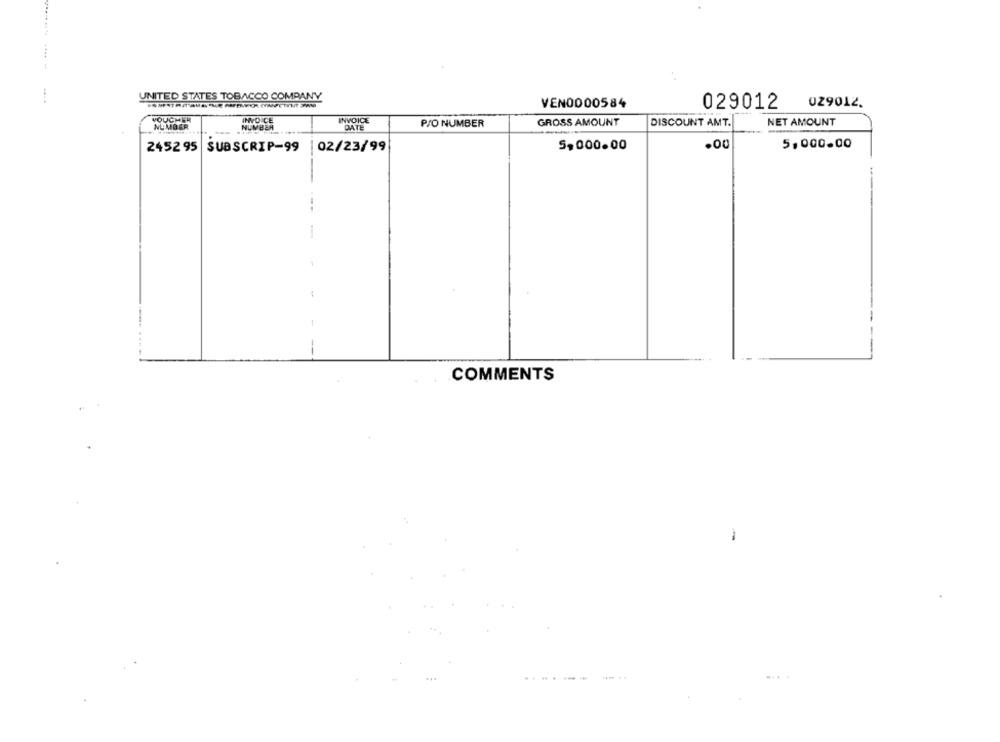
UNITED STATES TOBACCO COMPANY
VEN0000584
029012.
029012
VOUCHER
INVOICE
INVOICE
NUMBER
NUMBER
DATE
P/O NUMBER
GROSS AMOUNT
DISCOUNT AMT.
NET AMOUNT
245295 SUBSCRIP-99
|02/23/99
5,000.00
.00
5,000.00
COMMENTS
..-----